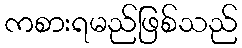
ကစားရမည်ဖြစ်သည်